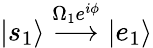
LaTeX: |s_{1}\rangle\stackrel{\Omega_{1}e^{i\phi}}{\longrightarrow}|e_{1}\rangle